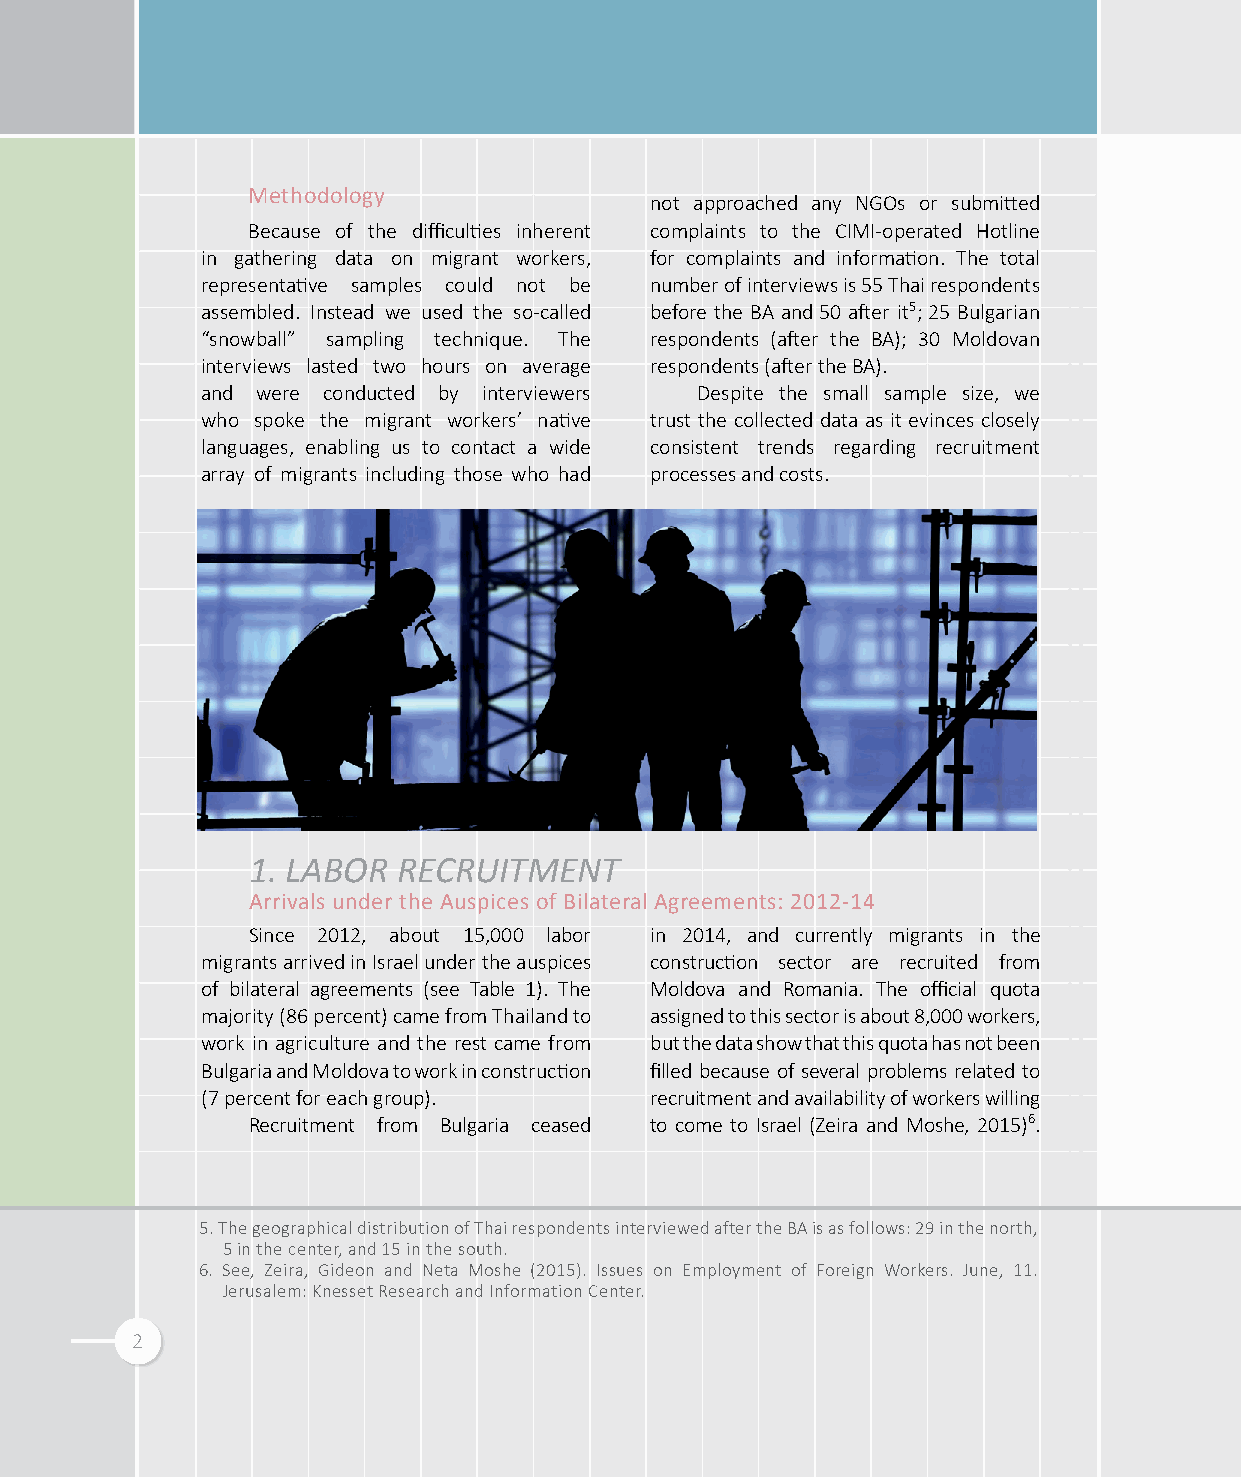
Methodology
 not approached any NGOs or submitted
 Because of the difficulties inherent complaints to the CIMI-operated Hotline
 in gathering data on migrant workers, for complaints and information. The total
 representative samples could not be number of interviews is 55 Thai respondents
 assembled. Instead we used the so-called before the BA and 50 after it5; 25 Bulgarian
 “snowball” sampling technique. The respondents (after the BA); 30 Moldovan
 interviews lasted two hours on average respondents (after the BA).
 and were conducted by interviewers Despite the small sample size, we
 who spoke the migrant workers’ native trust the collected data as it evinces closely
 languages, enabling us to contact a wide consistent trends regarding recruitment
 array of migrants including those who had processes and costs.
 1. LABOR  RECRUITMENT
 Arrivals under the Auspices of Bilateral Agreements: 2012-14
 Since 2012, about 15,000 labor in 2014, and currently migrants in the
 migrants arrived in Israel under the auspices construction sector are recruited from
 of bilateral agreements (see Table 1). The Moldova and Romania. The official quota
 majority (86 percent) came from Thailand to assigned to this sector is about 8,000 workers,
 work in agriculture and the rest came from but the data show that this quota has not been
 Bulgaria and Moldova to work in construction filled because of several problems related to
 (7 percent for each group).   recruitment and availability of workers willing
 Recruitment from Bulgaria ceased to come to Israel (Zeira and Moshe, 2015)6.
 5. The geographical distribution of Thai respondents interviewed after the BA is as follows: 29 in the north,
 5 in the center, and 15 in the south.
 6. See, Zeira, Gideon and Neta Moshe (2015). Issues on Employment of Foreign Workers. June, 11.
 Jerusalem: Knesset Research and Information Center.
 2